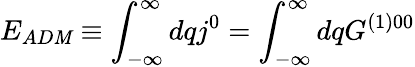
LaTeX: E_{AD\mathit{M}}\equiv\int_{-\infty}^{\infty}dqj^{0}=\int_{-\infty}^{\infty}dqG^{(1)00}